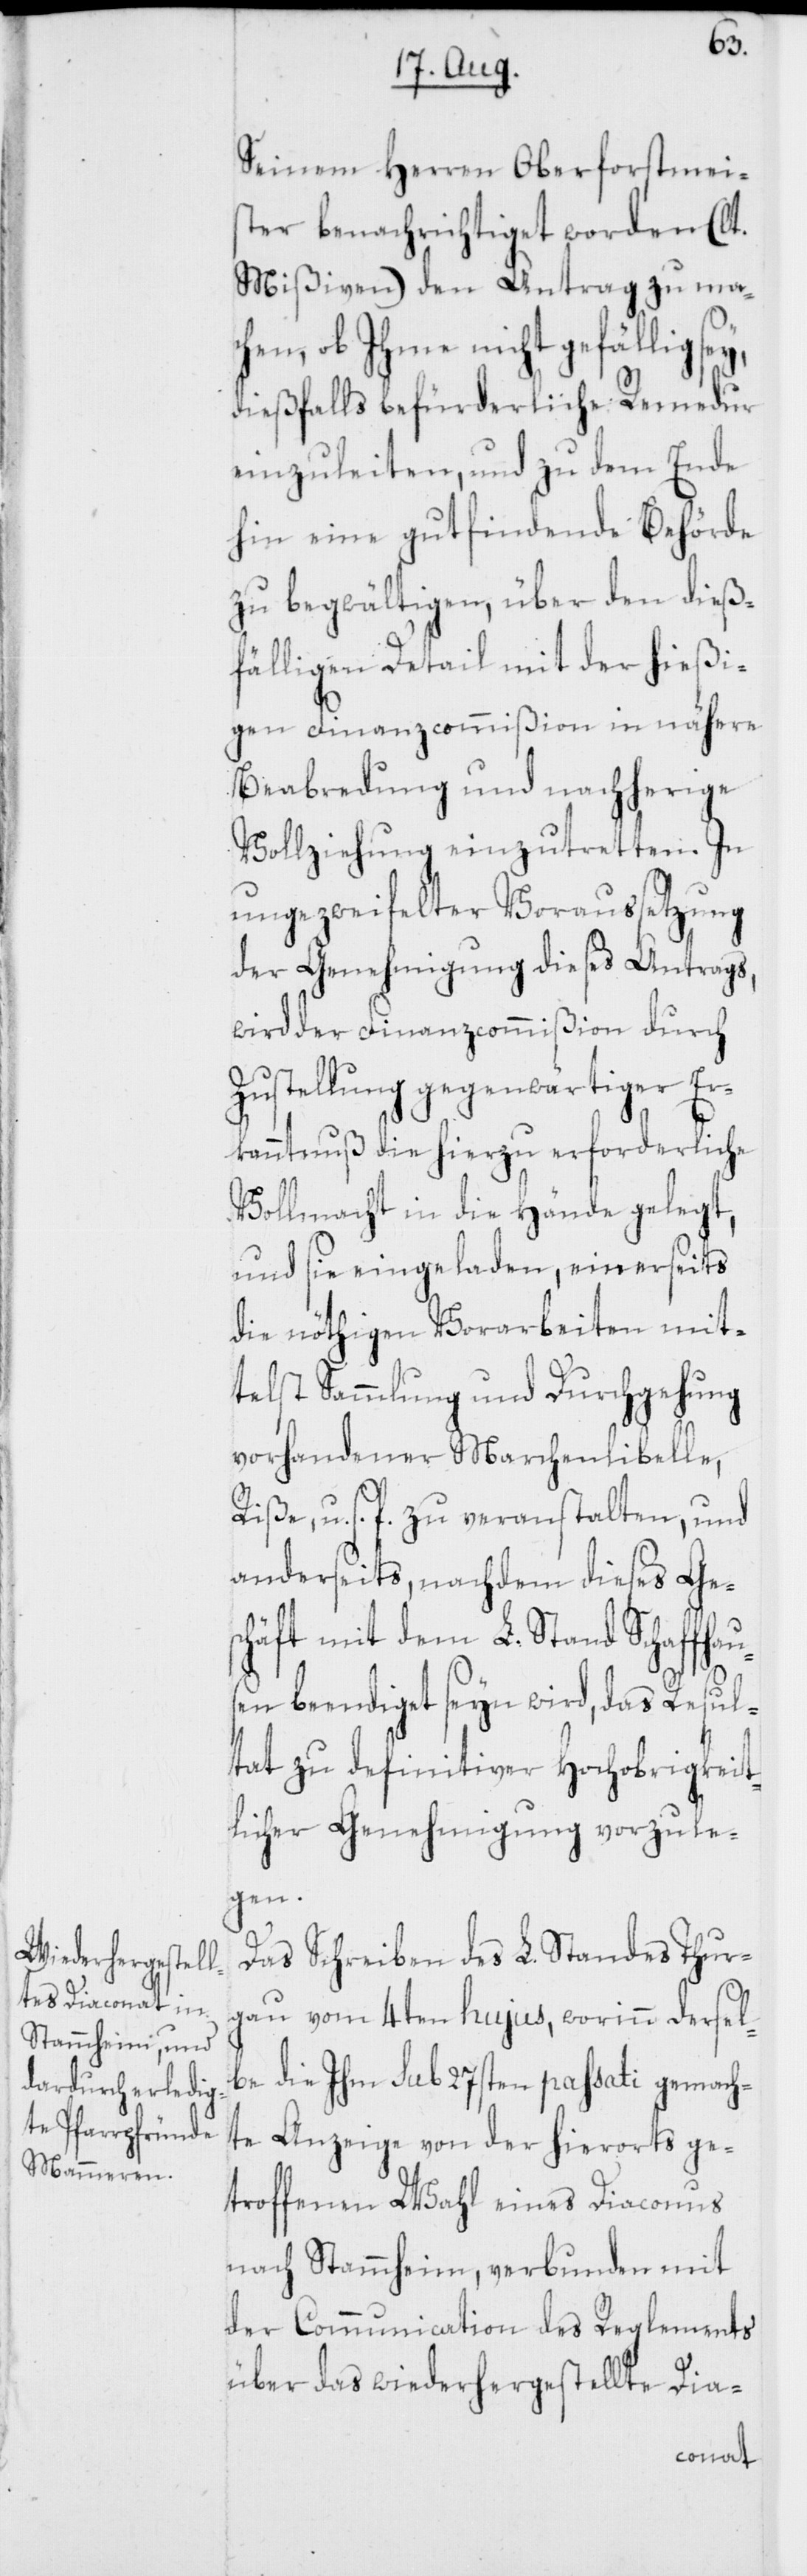
Seinem Herren Oberforstmeis¬
ter benachrichtiget worden (lt.
Mißiven) den Antrag zu mac¬
hen, ob Ihme nicht gefällig
dießfalls befürderliche Remedur
einzuleiten, und zu dem Ende
hin eine gutfindende Behörde
zu begwältigen, über den dieß¬
fälligen Detail mit der hießi¬
gen Finanzcommißion in nähere
Beabredung und nachherige
Vollziehung einzutretten. In
ungezweifelter Voraussetzung
der Genehmigung dieses Antrags,
wird der Finanzcommißion durch
Zustellung gegenwärtiger Er¬
kanntnuß die hierzu erforderliche
Vollmacht in die Hände gelegt,
und sie eingeladen, einerseits
die nöthigen Vorarbeiten mit¬
telst Sammlung und Durchgehung
vorhandener Marchenlibelle,
Riße, u. s. f. zu veranstalten, und
anderseits, nachdem dieses Ge¬
schäft mit dem L. Stand Schaffhau¬
sen beendiget seyn wird, das Resul¬
tat zu definitiver Hochobrigkeit¬
licher Genehmigung vorzule¬
gen.
Das Schreiben des L. Standes Thur¬
gau vom 4ten hujus, worinn dersel¬
be die Ihm sub 27sten passati gemach¬
te Anzeige von der hierorts ge¬
troffenen Wahl eines Diaconus
nach Stammheim, verbunden mit
der Communication des Reglements
über das wiederhergestellte Dia-